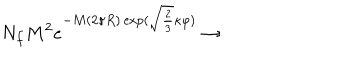
N _ { f } M ^ { 2 } e ^ { - M ( 2 \pi R ) \exp ( \sqrt { \frac 2 3 } \kappa \varphi ) } \rightarrow